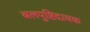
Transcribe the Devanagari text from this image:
बलपुष्टिदायक